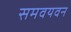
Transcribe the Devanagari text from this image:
समवयवन